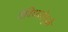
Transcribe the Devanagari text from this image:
वैविध्यतेमुळे